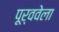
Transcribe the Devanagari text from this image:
पूर्ववेला